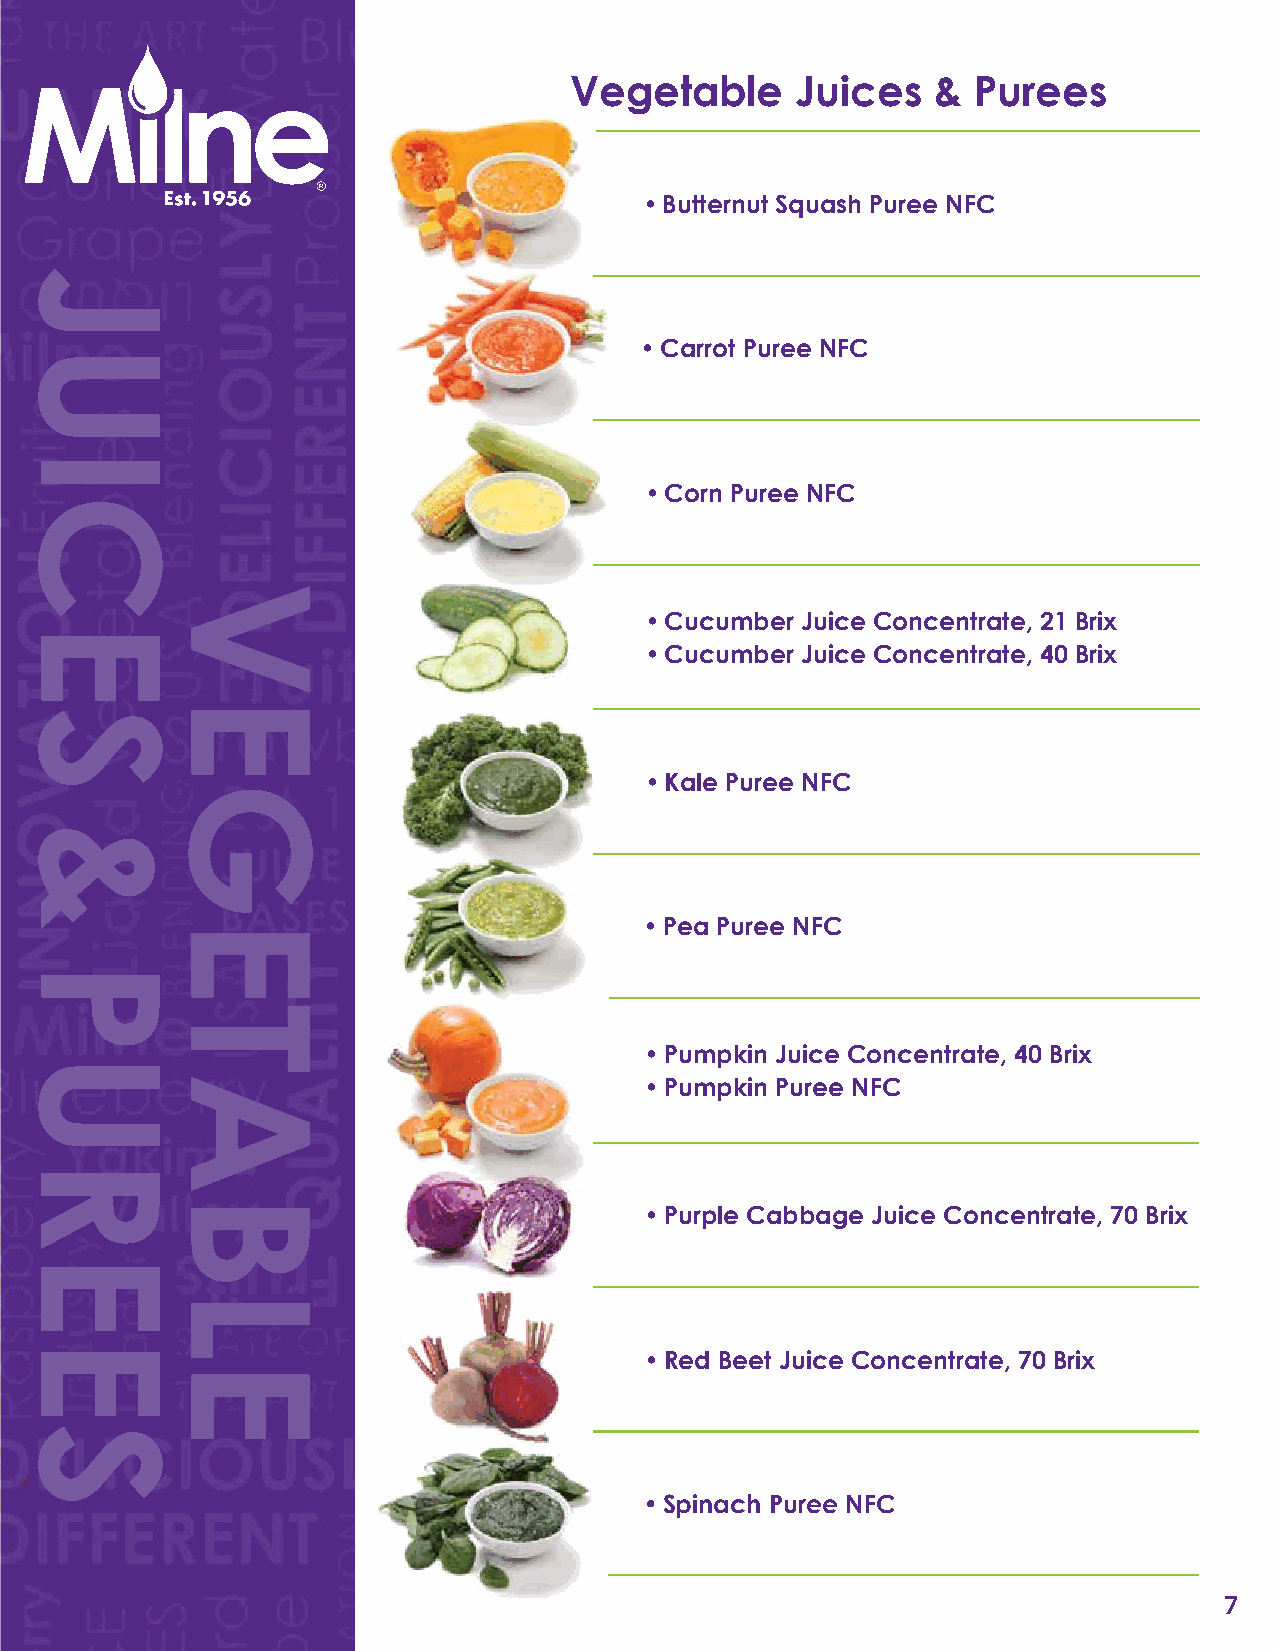
Vegetable      Juices   & Purees
 • Butternut Squash Puree NFC
 • Carrot Puree NFC
 • Corn Puree NFC
 • Cucumber Juice Concentrate, 21 Brix
 • Cucumber Juice Concentrate, 40 Brix
 • Kale Puree NFC
 • Pea Puree NFC
 • Pumpkin Juice Concentrate, 40 Brix
 • Pumpkin Puree NFC
 • Purple Cabbage Juice Concentrate, 70 Brix
 • Red Beet Juice Concentrate, 70 Brix
 • Spinach Puree NFC
 7
 JUICES
 &
 PUREES
 VEGETABLE